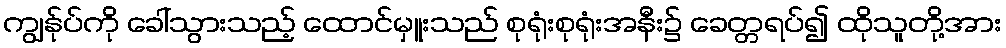
ကျွန်ုပ်ကို ခေါ်သွားသည့် ထောင်မှူးသည် စုရုံးစုရုံးအနီး၌ ခေတ္တရပ်၍ ထိုသူတို့အား